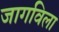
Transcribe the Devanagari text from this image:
जागविला